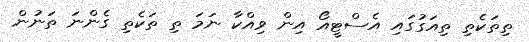
ތިތަކެތި ތިއަގުގައި އެސްޓީއޯ އިން ވިއްކާ ނަމަ ތި ތަކެތި ގެންނަ ތަނުން